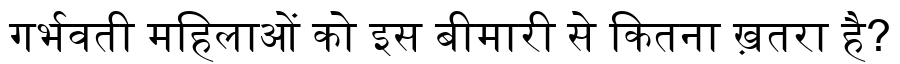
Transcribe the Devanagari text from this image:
गर्भवती महिलाओं को इस बीमारी से कितना ख़तरा है?